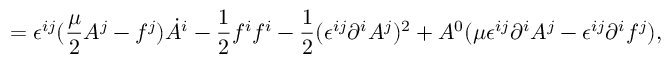
= \epsilon ^ { i j } ( { \frac { \mu } { 2 } } A ^ { j } - f ^ { j } ) \dot { A } ^ { i } - { \frac { 1 } { 2 } } f ^ { i } f ^ { i } - { \frac { 1 } { 2 } } ( \epsilon ^ { i j } \partial ^ { i } A ^ { j } ) ^ { 2 } + A ^ { 0 } ( \mu \epsilon ^ { i j } \partial ^ { i } A ^ { j } - \epsilon ^ { i j } \partial ^ { i } f ^ { j } ) ,